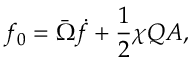
f _ { 0 } = \bar { \Omega } \dot { f } + \frac { 1 } { 2 } \chi Q A ,